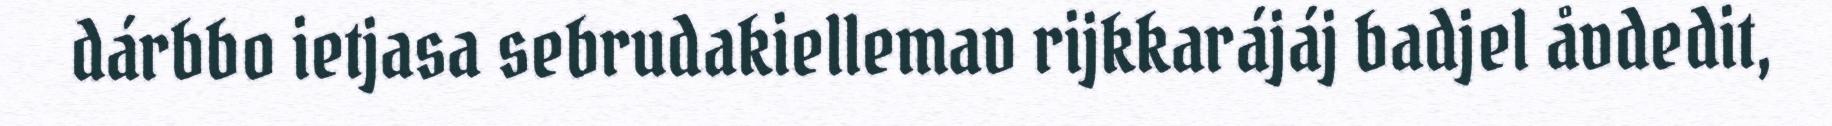
dárbbo ietjasa sebrudakiellemav rijkkarájáj badjel åvdedit,